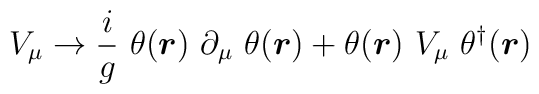
V_\mu \rightarrow \frac{i}{g} ~ \theta(\mbox{\boldmath$r$})~\partial_\mu ~\theta(\mbox{\boldmath$r$}) + \theta(\mbox{\boldmath$r$})~V_\mu~\theta^\dag (\mbox{\boldmath$r$})